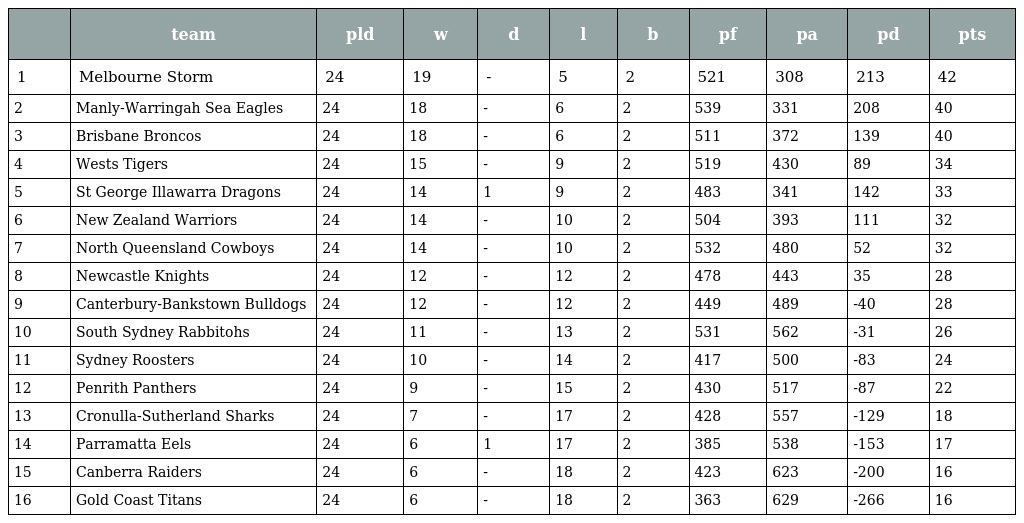
|  | team | pld | w | d | l | b | pf | pa | pd | pts |
 | --- | --- | --- | --- | --- | --- | --- | --- | --- | --- | --- |
 | 1 | Melbourne Storm | 24 | 19 | - | 5 | 2 | 521 | 308 | 213 | 42 |
 | 2 | Manly-Warringah Sea Eagles | 24 | 18 | - | 6 | 2 | 539 | 331 | 208 | 40 |
 | 3 | Brisbane Broncos | 24 | 18 | - | 6 | 2 | 511 | 372 | 139 | 40 |
 | 4 | Wests Tigers | 24 | 15 | - | 9 | 2 | 519 | 430 | 89 | 34 |
 | 5 | St George Illawarra Dragons | 24 | 14 | 1 | 9 | 2 | 483 | 341 | 142 | 33 |
 | 6 | New Zealand Warriors | 24 | 14 | - | 10 | 2 | 504 | 393 | 111 | 32 |
 | 7 | North Queensland Cowboys | 24 | 14 | - | 10 | 2 | 532 | 480 | 52 | 32 |
 | 8 | Newcastle Knights | 24 | 12 | - | 12 | 2 | 478 | 443 | 35 | 28 |
 | 9 | Canterbury-Bankstown Bulldogs | 24 | 12 | - | 12 | 2 | 449 | 489 | -40 | 28 |
 | 10 | South Sydney Rabbitohs | 24 | 11 | - | 13 | 2 | 531 | 562 | -31 | 26 |
 | 11 | Sydney Roosters | 24 | 10 | - | 14 | 2 | 417 | 500 | -83 | 24 |
 | 12 | Penrith Panthers | 24 | 9 | - | 15 | 2 | 430 | 517 | -87 | 22 |
 | 13 | Cronulla-Sutherland Sharks | 24 | 7 | - | 17 | 2 | 428 | 557 | -129 | 18 |
 | 14 | Parramatta Eels | 24 | 6 | 1 | 17 | 2 | 385 | 538 | -153 | 17 |
 | 15 | Canberra Raiders | 24 | 6 | - | 18 | 2 | 423 | 623 | -200 | 16 |
 | 16 | Gold Coast Titans | 24 | 6 | - | 18 | 2 | 363 | 629 | -266 | 16 |